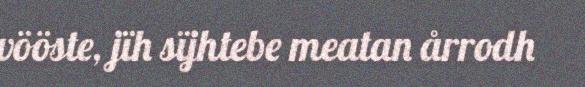
vööste, jïh sïjhtebe meatan årrodh